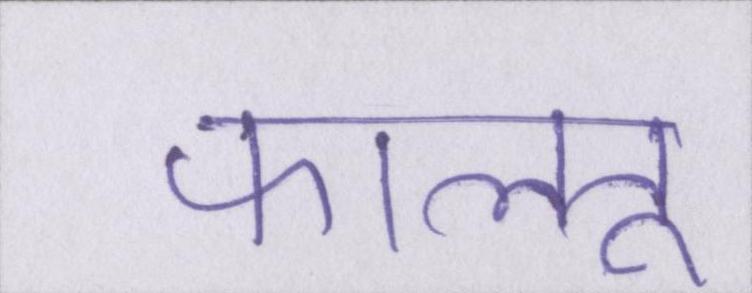
फालतू